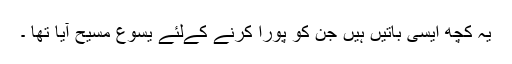
یہ کچھ ایسی باتیں ہیں جن کو پورا کرنے کےلئے یسوع مسیح آیا تھا ۔